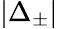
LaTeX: |\Delta_{\pm}|